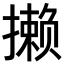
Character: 𪮶